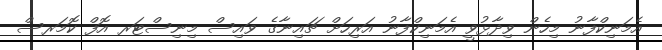
އެމަނިކްފާނު މިހެން ވިދާޅުވީ އެމަނިކްފާނު އަރިހަށް ޗައިނާގެ ވައިސް މިނިސްޓަރ އޮފް ކޮމަރސް